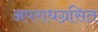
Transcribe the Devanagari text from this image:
अपराधग्रसित